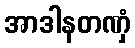
အာဒါနတဏှံ